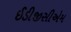
ઈડીજીસીએમ